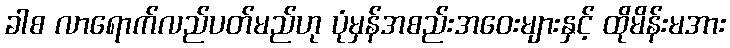
ခါစ လာရောက်လည်ပတ်မည်ဟု ပုံမှန်အစည်းအဝေးများနှင့် ထိုမိန်းမအား